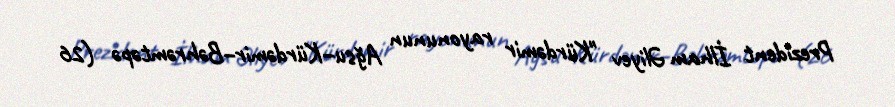
Prezident İlham Əliyev "Kürdəmir rayonunun Ağsu–Kürdəmir–Bəhrəmtəpə (26